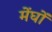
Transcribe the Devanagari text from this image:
मेंघों